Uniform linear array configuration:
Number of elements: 8
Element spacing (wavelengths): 0.75
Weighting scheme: binomial
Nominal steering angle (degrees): -45
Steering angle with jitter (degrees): -44.579
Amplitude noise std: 0.05
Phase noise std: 0.05

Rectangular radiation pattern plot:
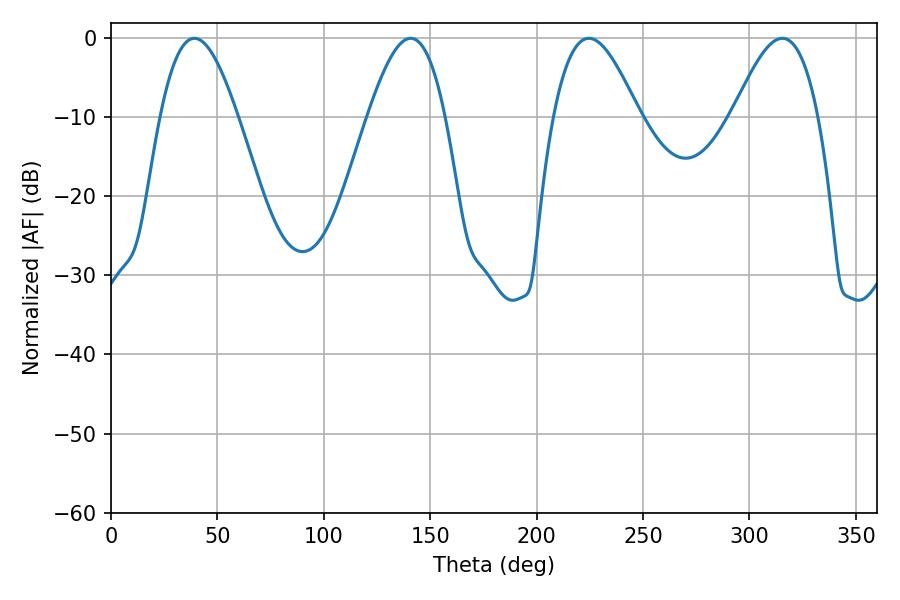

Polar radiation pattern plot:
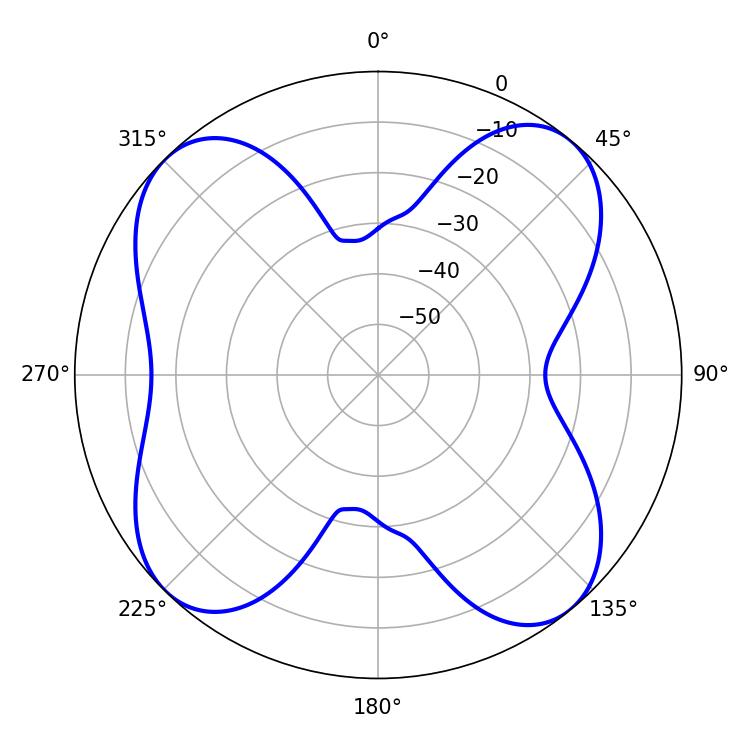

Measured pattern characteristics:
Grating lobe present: TRUE
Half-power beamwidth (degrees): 19.62
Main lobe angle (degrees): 39.24